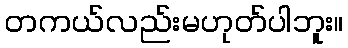
တကယ်လည်းမဟုတ်ပါဘူး။